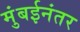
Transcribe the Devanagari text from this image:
मुंबईनंतर